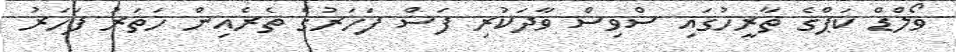
ވޯލްޑް ކަޕްގެ ތާރީހުގައި ސްވިސް ވާދަކުރި ފަސް ފަހަރުގެ ތެރެއިން ހަތަރު ފަހަރު